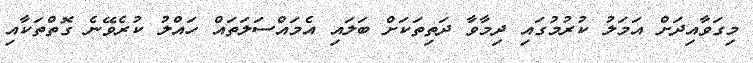
މިގަވާއިދަށް އަމަލު ކުރުމުގައި ދިމާވާ ދަތިތަކަށް ބަލައި އެމައްސަލަތައް ހައްލު ކުރެވޭނެ ގޮތްތަކާއި